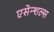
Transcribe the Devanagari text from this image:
एसेन्शल्स